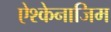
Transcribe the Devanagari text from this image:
ऐश्केनाजिम